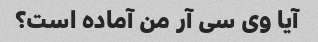
آیا وی سی آر من آماده است؟